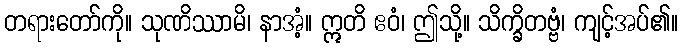
တရားတော်ကို။ သုဏိဿာမိ၊ နာအံ့။ ဣတိ ဧဝံ၊ ဤသို့။ သိက္ခိတဗ္ဗံ၊ ကျင့်အပ်၏။